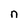
Character: n